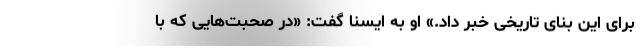
برای این بنای تاریخی خبر داد.» او به ایسنا گفت: «در صحبت‌هایی که با